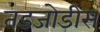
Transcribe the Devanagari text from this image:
तडजोडीस